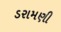
ડરામણી